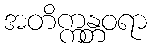
အတိက္ကန္တဝရာ